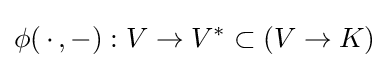
\phi (\,\cdot \,,-):V\rightarrow V^{*}\subset (V\rightarrow K)